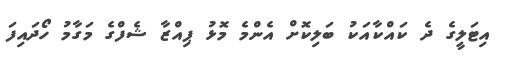
އިޓަލީގެ ދެ ކައްކާއަކު ބަލިކޮށް އެންމެ މޮޅު ޕިއްޒާ ޝެފްގެ މަގާމު ހޯދައިފަ